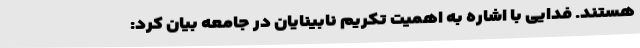
هستند. فدایی با اشاره به اهمیت تکریم نابینایان در جامعه بیان کرد: